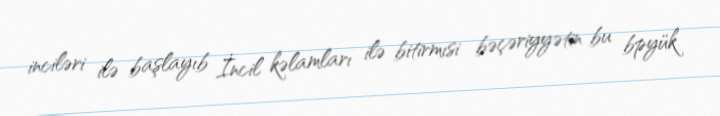
inciləri ilə başlayıb İncil kəlamları ilə bitirmısi bəçəriyyətin bu bpyük